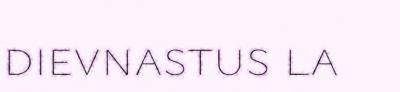
dievnastus la